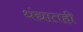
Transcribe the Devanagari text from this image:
धंद्यातही